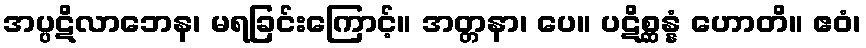
အပ္ပဋိလာဘေန၊ မရခြင်းကြောင့်။ အတ္တနာ၊ ပေ။ ပဋိစ္ဆန္နံ ဟောတိ။ ဧဝံ၊